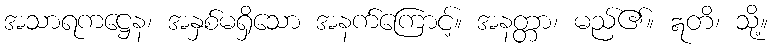
အသာရကဋ္ဌေန၊ အနှစ်မရှိသော အနက်ကြောင့်။ အနတ္တာ၊ မည်၏။ ဣတိ၊ သို့။